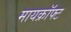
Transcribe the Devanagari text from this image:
मायक्राॅफ्ट